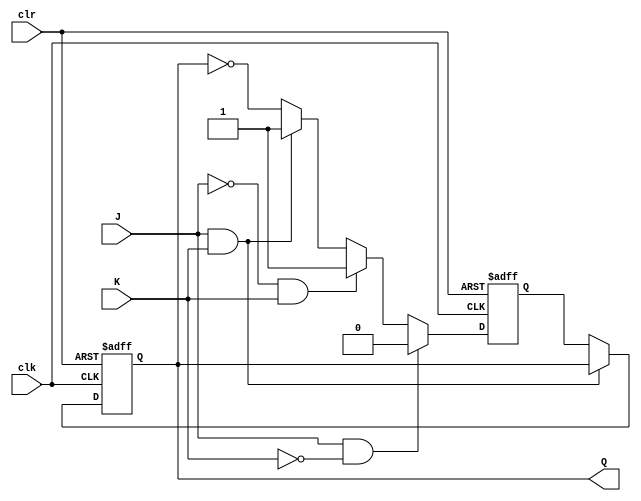
module JK_flipflop (
    input J, 
    input K, 
    input clk, 
    input clr, 
    output reg Q
);

reg D1, D2;

// Logic to determine the transition of the flip-flop
always @(posedge clk or posedge clr)
begin
    if (clr)
    begin
        D1 <= 0;
        D2 <= 1;
    end
    else if (J && !K)
    begin
        D1 <= 1;
        D2 <= 0;
    end
    else if (!J && K)
    begin
        D1 <= 0;
        D2 <= 1;
    end
    else if (J && K)
    begin
        D1 <= 1;
        D2 <= 1;
    end
    else
    begin
        D1 <= Q;
        D2 <= ~Q;
    end
end

// Implementing the JK flip-flop using 2 D flip-flops and a mux
always @(posedge clk or posedge clr)
begin
    if (clr)
    begin
        Q <= 0;
    end
    else
    begin
        if (J && K)
        begin
            Q <= Q;
        end
        else
        begin
            Q <= D2;
        end
    end
end

endmodule